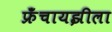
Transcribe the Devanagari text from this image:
फ्रॅंचायझीला